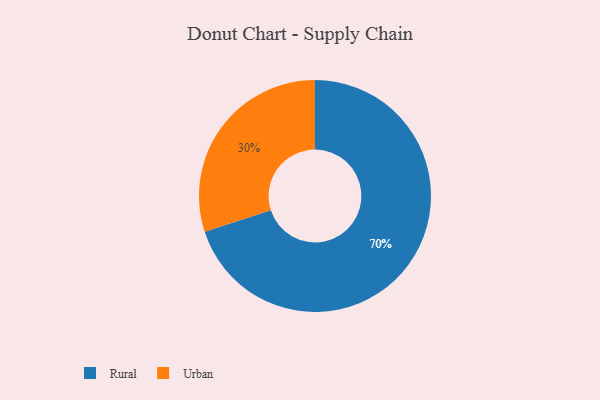
{"axis": {"x": "Category", "y": "Percentage"}, "legend": ["Rural", "Urban"], "data": [{"x": "Urban", "y": 30, "type": "Urban"}, {"x": "Rural", "y": 70, "type": "Rural"}]}